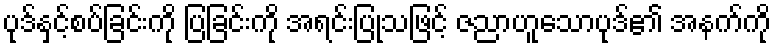
ပုဒ်နှင့်စပ်ခြင်းကို ပြခြင်းကို အရင်းပြုသဖြင့် ဇညာဟူသောပုဒ်၏ အနက်ကို